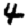
Digit: 4